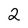
Character: 2